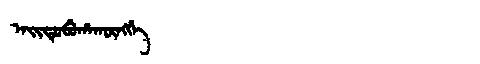
Manchu: ᠠᡳᡨᡠᠪᡠᡥᠠᡴᡡᠩᡤᡝ
Romanization: AITUBUHAKŪNGGE